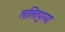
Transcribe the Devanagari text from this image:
ललितपुरमा